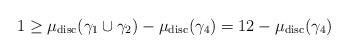
LaTeX: \begin{align*} 1\geq \mu_{\mathrm{disc}}(\gamma_{1}\cup{\gamma_{2}})-\mu_{\mathrm{disc}}(\gamma_{4})=12-\mu_{\mathrm{disc}}(\gamma_{4})\end{align*}